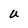
Character: U